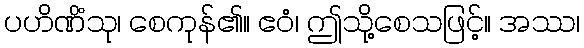
ပဟိဏိံသု၊ စေကုန်၏။ ဧဝံ၊ ဤသို့စေသဖြင့်။ အဿ၊